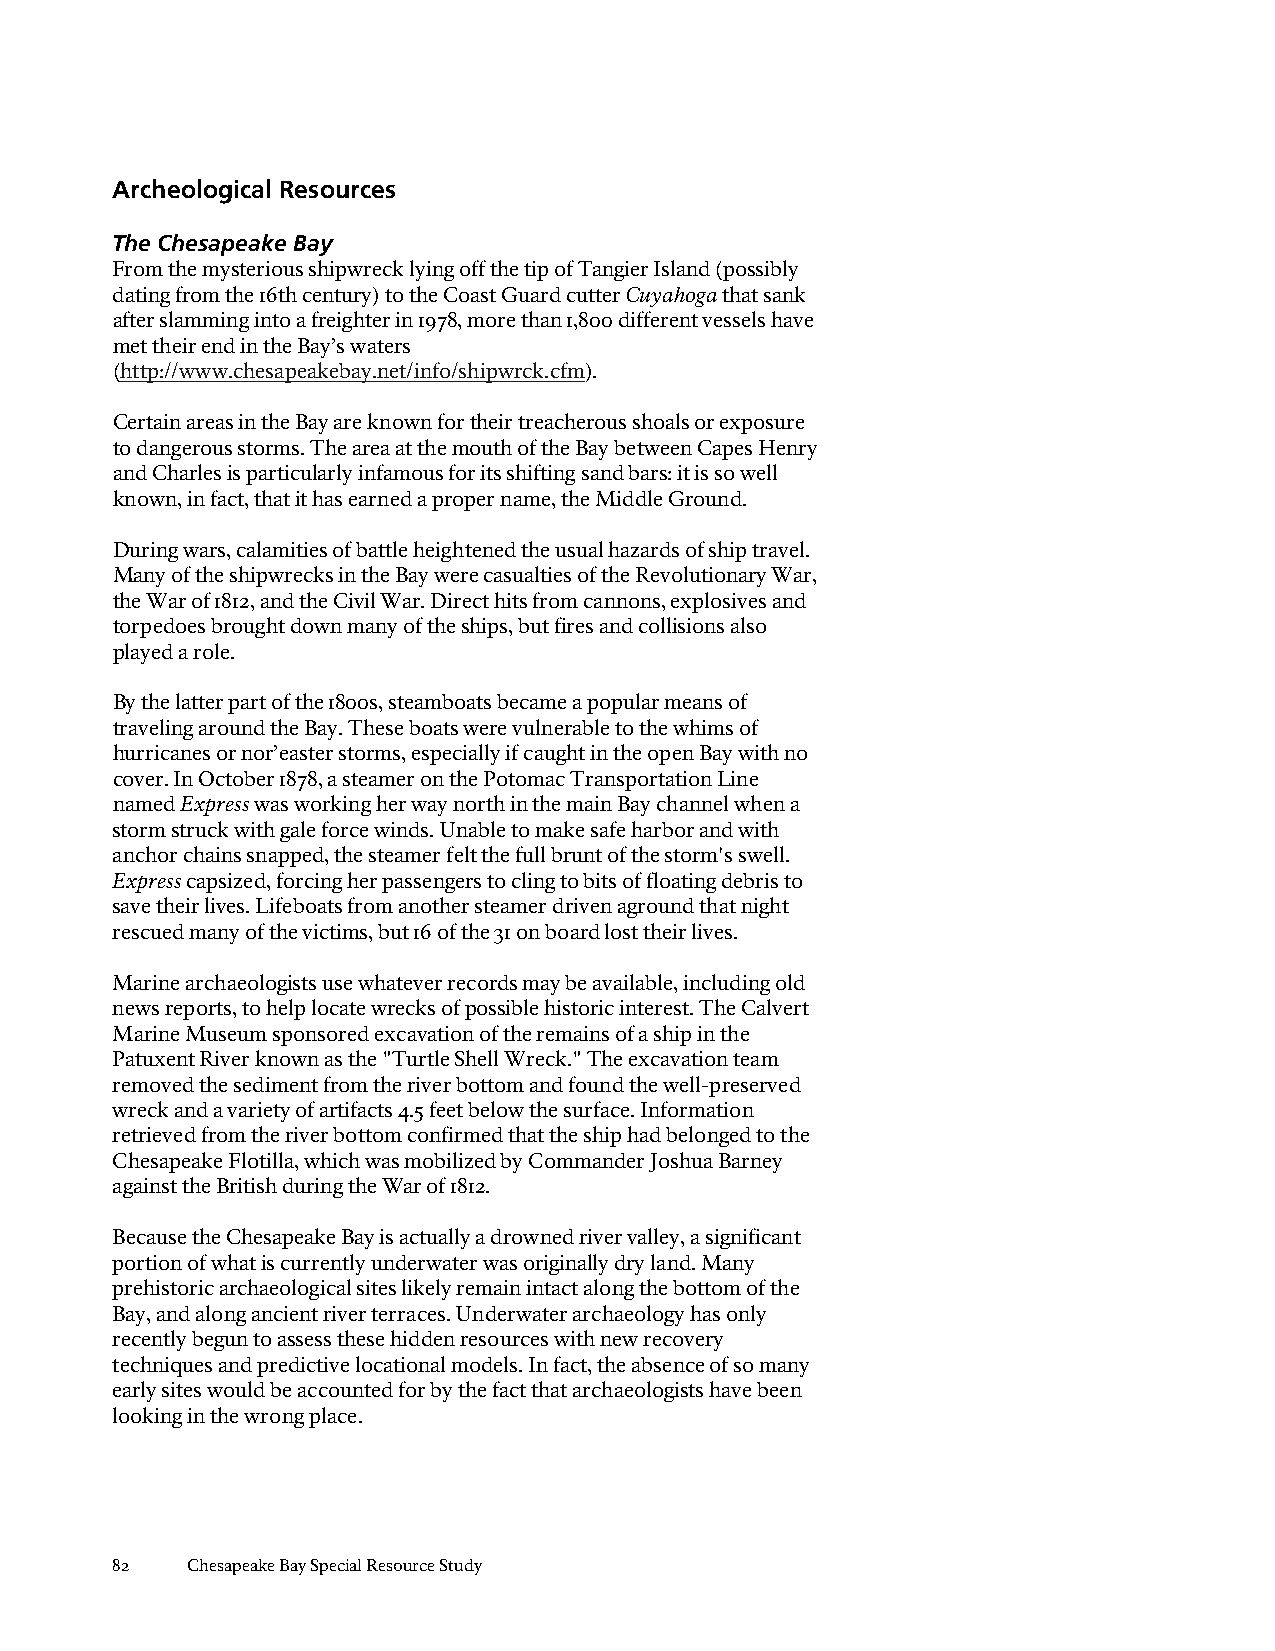
Archeological Resources
 The Chesapeake Bay
 From the mysterious shipwreck lying off the tip of Tangier Island (possibly
 dating from the 16th century) to the Coast Guard cutter Cuyahoga that sank
 after slamming into a freighter in 1978, more than 1,800 different vessels have
 met their end in the Bay’s waters
 (http://www.chesapeakebay.net/info/shipwrck.cfm).
 Certain areas in the Bay are known for their treacherous shoals or exposure
 to dangerous storms. The area at the mouth of the Bay between Capes Henry
 and Charles is particularly infamous for its shifting sand bars: it is so well
 known, in fact, that it has earned a proper name, the Middle Ground.
 During wars, calamities of battle heightened the usual hazards of ship travel.
 Many of the shipwrecks in the Bay were casualties of the Revolutionary War,
 the War of 1812, and the Civil War. Direct hits from cannons, explosives and
 torpedoes brought down many of the ships, but fires and collisions also
 played a role.
 By the latter part of the 1800s, steamboats became a popular means of
 traveling around the Bay. These boats were vulnerable to the whims of
 hurricanes or nor’easter storms, especially if caught in the open Bay with no
 cover. In October 1878, a steamer on the Potomac Transportation Line
 named Express was working her way north in the main Bay channel when a
 storm struck with gale force winds. Unable to make safe harbor and with
 anchor chains snapped, the steamer felt the full brunt of the storm's swell.
 Express capsized, forcing her passengers to cling to bits of floating debris to
 save their lives. Lifeboats from another steamer driven aground that night
 rescued many of the victims, but 16 of the 31 on board lost their lives.
 Marine archaeologists use whatever records may be available, including old
 news reports, to help locate wrecks of possible historic interest. The Calvert
 Marine Museum sponsored excavation of the remains of a ship in the
 Patuxent River known as the "Turtle Shell Wreck." The excavation team
 removed the sediment from the river bottom and found the well-preserved
 wreck and a variety of artifacts 4.5 feet below the surface. Information
 retrieved from the river bottom confirmed that the ship had belonged to the
 Chesapeake Flotilla, which was mobilized by Commander Joshua Barney
 against the British during the War of 1812.
 Because the Chesapeake Bay is actually a drowned river valley, a significant
 portion of what is currently underwater was originally dry land. Many
 prehistoric archaeological sites likely remain intact along the bottom of the
 Bay, and along ancient river terraces. Underwater archaeology has only
 recently begun to assess these hidden resources with new recovery
 techniques and predictive locational models. In fact, the absence of so many
 early sites would be accounted for by the fact that archaeologists have been
 looking in the wrong place.
 82   Chesapeake Bay Special Resource Study